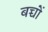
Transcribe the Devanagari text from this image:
बच्चोंं